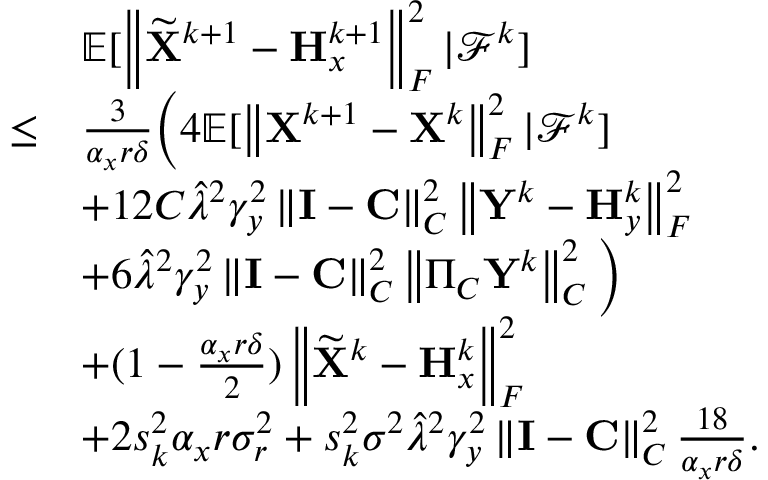
\begin{array} { r l } & { { \mathbb { E } } [ \left\| \widetilde { { \mathbf { X } } } ^ { k + 1 } - { \mathbf { H } } _ { x } ^ { k + 1 } \right\| _ { F } ^ { 2 } \vert { \mathcal { F } } ^ { k } ] } \\ { \leq } & { \frac { 3 } { \alpha _ { x } r \delta } \Big ( 4 { \mathbb { E } } [ \left\| { \mathbf { X } } ^ { k + 1 } - { \mathbf { X } } ^ { k } \right\| _ { F } ^ { 2 } \vert { \mathcal { F } } ^ { k } ] } \\ & { + 1 2 C \widehat { \lambda } ^ { 2 } \gamma _ { y } ^ { 2 } \left\| { \mathbf { I } } - { \mathbf { C } } \right\| _ { C } ^ { 2 } \left\| { \mathbf { Y } } ^ { k } - { \mathbf { H } } _ { y } ^ { k } \right\| _ { F } ^ { 2 } } \\ & { + 6 \widehat { \lambda } ^ { 2 } \gamma _ { y } ^ { 2 } \left\| { \mathbf { I } } - { \mathbf { C } } \right\| _ { C } ^ { 2 } \left\| \Pi _ { C } { \mathbf { Y } } ^ { k } \right\| _ { C } ^ { 2 } \Big ) } \\ & { + ( 1 - \frac { \alpha _ { x } r \delta } { 2 } ) \left\| \widetilde { { \mathbf { X } } } ^ { k } - { \mathbf { H } } _ { x } ^ { k } \right\| _ { F } ^ { 2 } } \\ & { + 2 s _ { k } ^ { 2 } \alpha _ { x } r \sigma _ { r } ^ { 2 } + s _ { k } ^ { 2 } \sigma ^ { 2 } \widehat { \lambda } ^ { 2 } \gamma _ { y } ^ { 2 } \left\| { \mathbf { I } } - { \mathbf { C } } \right\| _ { C } ^ { 2 } \frac { 1 8 } { \alpha _ { x } r \delta } . } \end{array}